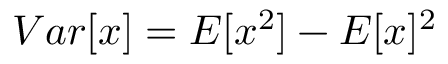
{ V a r } [ x ] = { E } [ x ^ { 2 } ] - { E } [ x ] ^ { 2 }